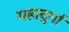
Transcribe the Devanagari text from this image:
महादुर्गा